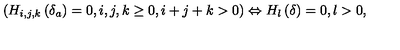
\left( H _ { i , j , k } \left( \delta _ { a } \right) = 0 , i , j , k \geq 0 , i + j + k > 0 \right) \Leftrightarrow H _ { l } \left( \delta \right) = 0 , l > 0 ,